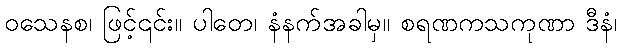
ဝသေနစ၊ ဖြင့်၎င်း။ ပါတေ၊ နံနက်အခါမှ။ စရဏကသကုဏာ ဒီနံ၊